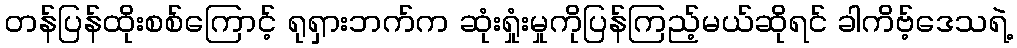
တန်ပြန်ထိုးစစ်ကြောင့် ရုရှားဘက်က ဆုံးရှုံးမှုကိုပြန်ကြည့်မယ်ဆိုရင် ခါကိဗ့်ဒေသရဲ့